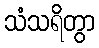
သံသရိတွာ